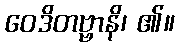
ဝေဒိတဗ္ဗာနိ၊ ၏။